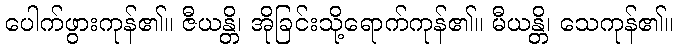
ပေါက်ဖွားကုန်၏။ ဇီယန္တိ၊ အိုခြင်းသို့ရောက်ကုန်၏။ မီယန္တိ၊ သေကုန်၏။